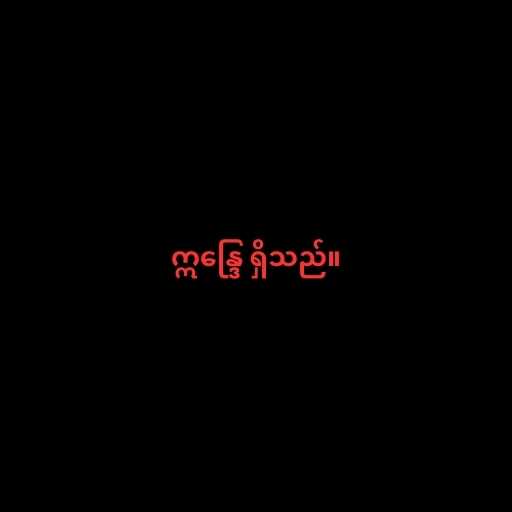
ဣန္ဒြေ ရှိသည်။